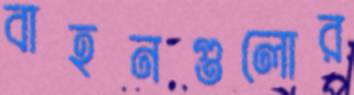
বাহনগুলোর